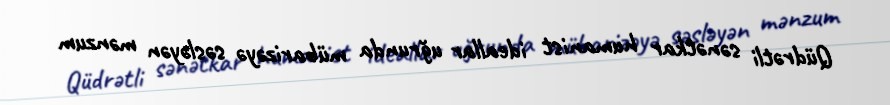
Qüdrətli sənətkar humanist ideallar uğrunda mübarizəyə səsləyən mənzum